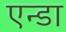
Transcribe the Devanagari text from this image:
एन्डा